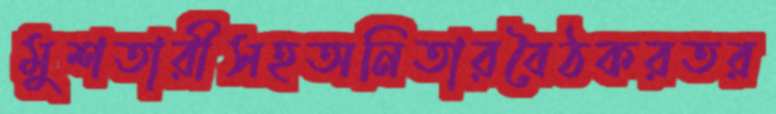
মুশতারীসহঅনিতারবৈঠকরতর